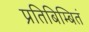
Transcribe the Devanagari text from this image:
प्रतिबिम्बितं